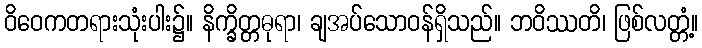
ဝိဝေကတရားသုံးပါး၌။ နိက္ခိတ္တဓုရာ၊ ချအပ်သောဝန်ရှိသည်။ ဘဝိဿတိ၊ ဖြစ်လတ္တံ့။